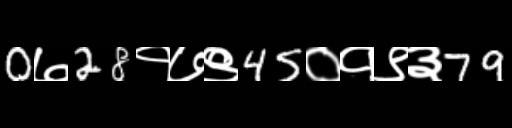
Text: 0७28१७९45०१९३79